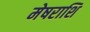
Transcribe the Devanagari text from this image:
मेषराशि